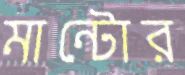
মান্টোর